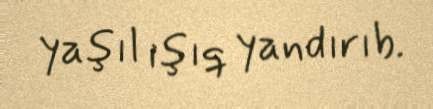
yaşıl işıq yandırıb.